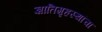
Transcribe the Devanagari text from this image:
ज्ञातिगृहस्थांचा